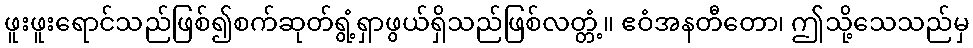
ဖူးဖူးရောင်သည်ဖြစ်၍စက်ဆုတ်ရွံ့ရှာဖွယ်ရှိသည်ဖြစ်လတ္တံ့။ ဧဝံအနတီတော၊ ဤသို့သေသည်မှ